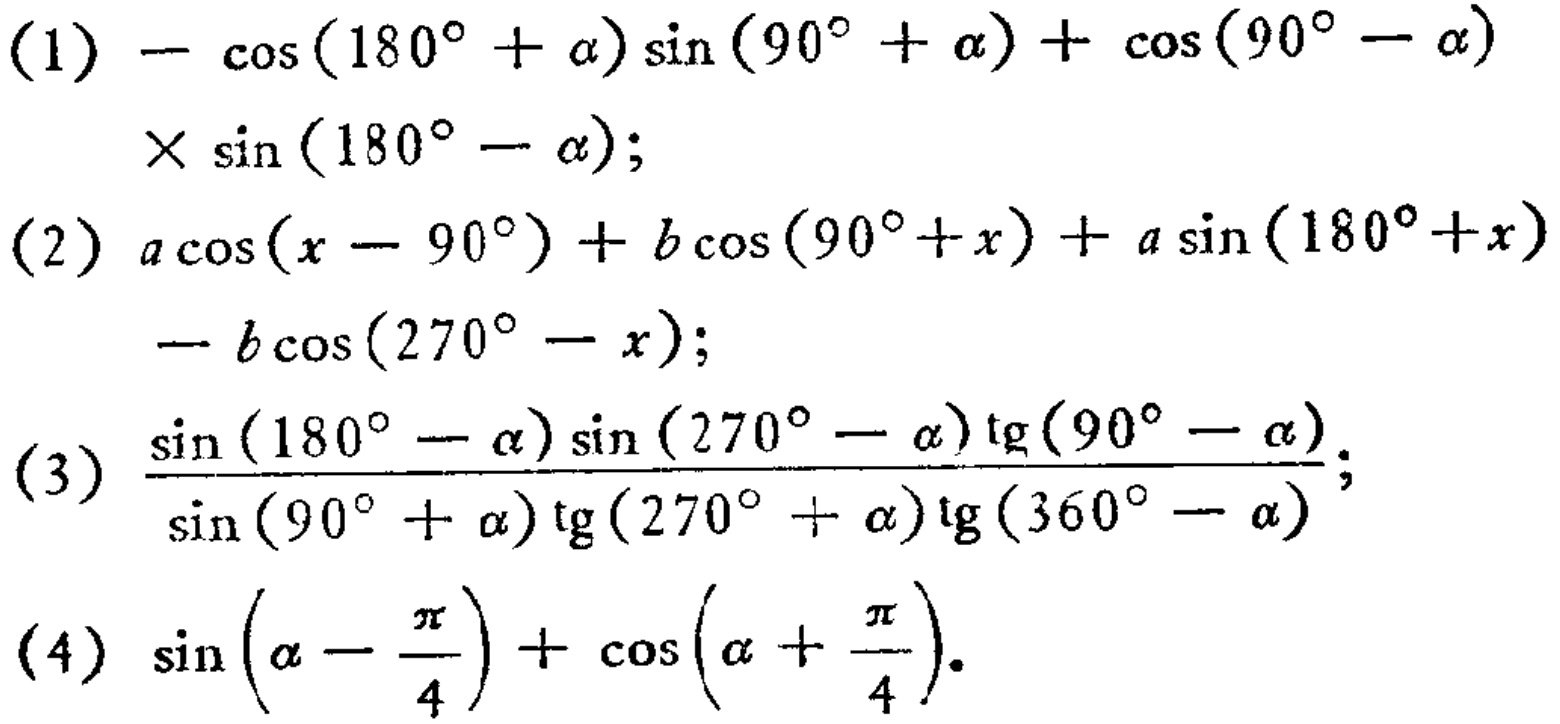
(1) \(-\cos(180^{\circ}+\alpha)\sin(90^{\circ}+\alpha)+\cos(90^{\circ}-\alpha)\times\sin(180^{\circ}-\alpha)\);
(2) \(a\cos(x - 90^{\circ})+b\cos(90^{\circ}+x)+a\sin(180^{\circ}+x)-b\cos(270^{\circ}-x)\);
(3) \(\frac{\sin(180^{\circ}-\alpha)\sin(270^{\circ}-\alpha)\tg(90^{\circ}-\alpha)}{\sin(90^{\circ}+\alpha)\tg(270^{\circ}+\alpha)\tg(360^{\circ}-\alpha)}\);
(4) \(\sin(\alpha-\frac{\pi}{4})+\cos(\alpha+\frac{\pi}{4})\).